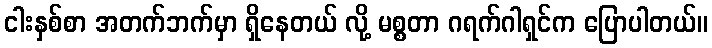
ငါးနှစ်စာ အတက်ဘက်မှာ ရှိနေတယ် လို့ မစ္စတာ ဂရက်ဂါရှင်က ပြောပါတယ်။